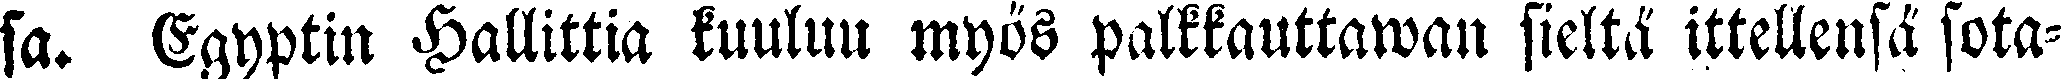
sa. Egyptin Hallittia kuuluu myös palkkauttawan sieltä ittellensä sota-